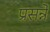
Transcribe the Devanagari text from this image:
प्रसन्ने